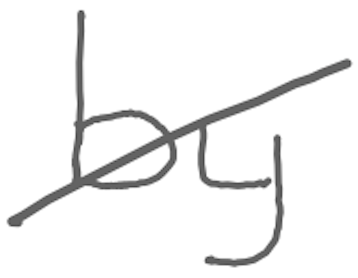
Text: by
Cross-out: diagonal
Writing tool: digital_gray